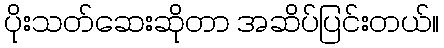
ပိုးသတ်ဆေးဆိုတာ အဆိပ်ပြင်းတယ်။